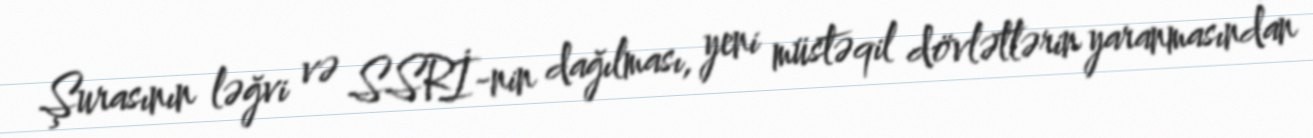
Şurasının ləğvi və SSRİ-nin dağılması, yeni müstəqil dövlətlərin yaranmasından